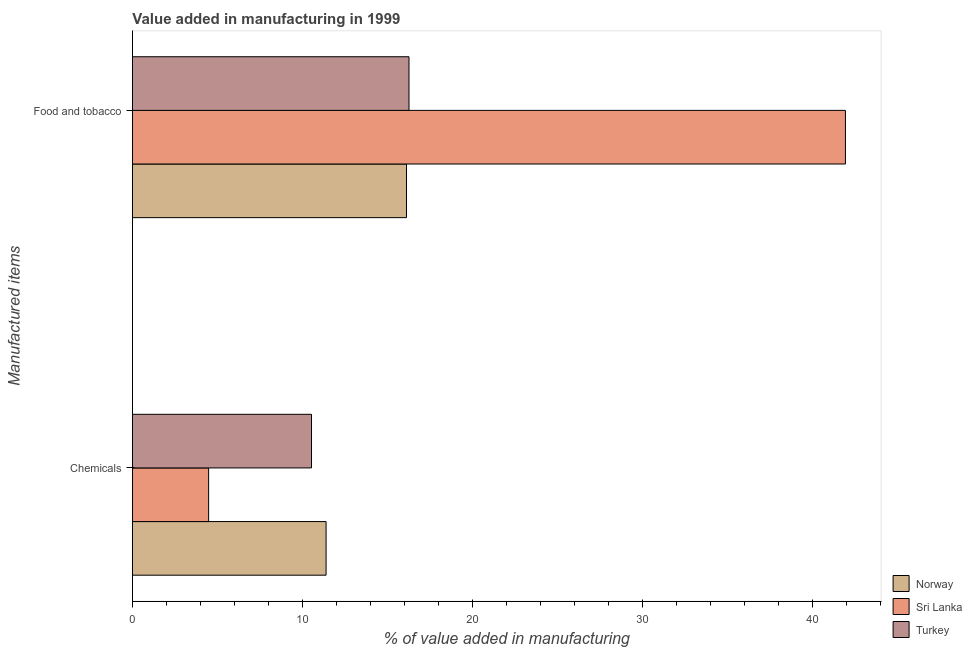
| Manufactured items | Norway | Sri Lanka | Turkey |
 | --- | --- | --- | --- |
 | Chemicals | 11.4 | 4.48 | 10.5 |
 | Food and tobacco | 16.1 | 41.9 | 16.3 |